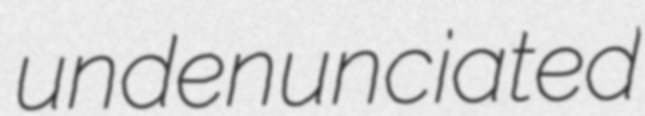
undenunciated